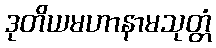
ဒုတိယမဟာနာမသုတ္တံ